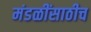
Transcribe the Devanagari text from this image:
मंडळींसाठीच